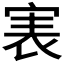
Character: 𡨲